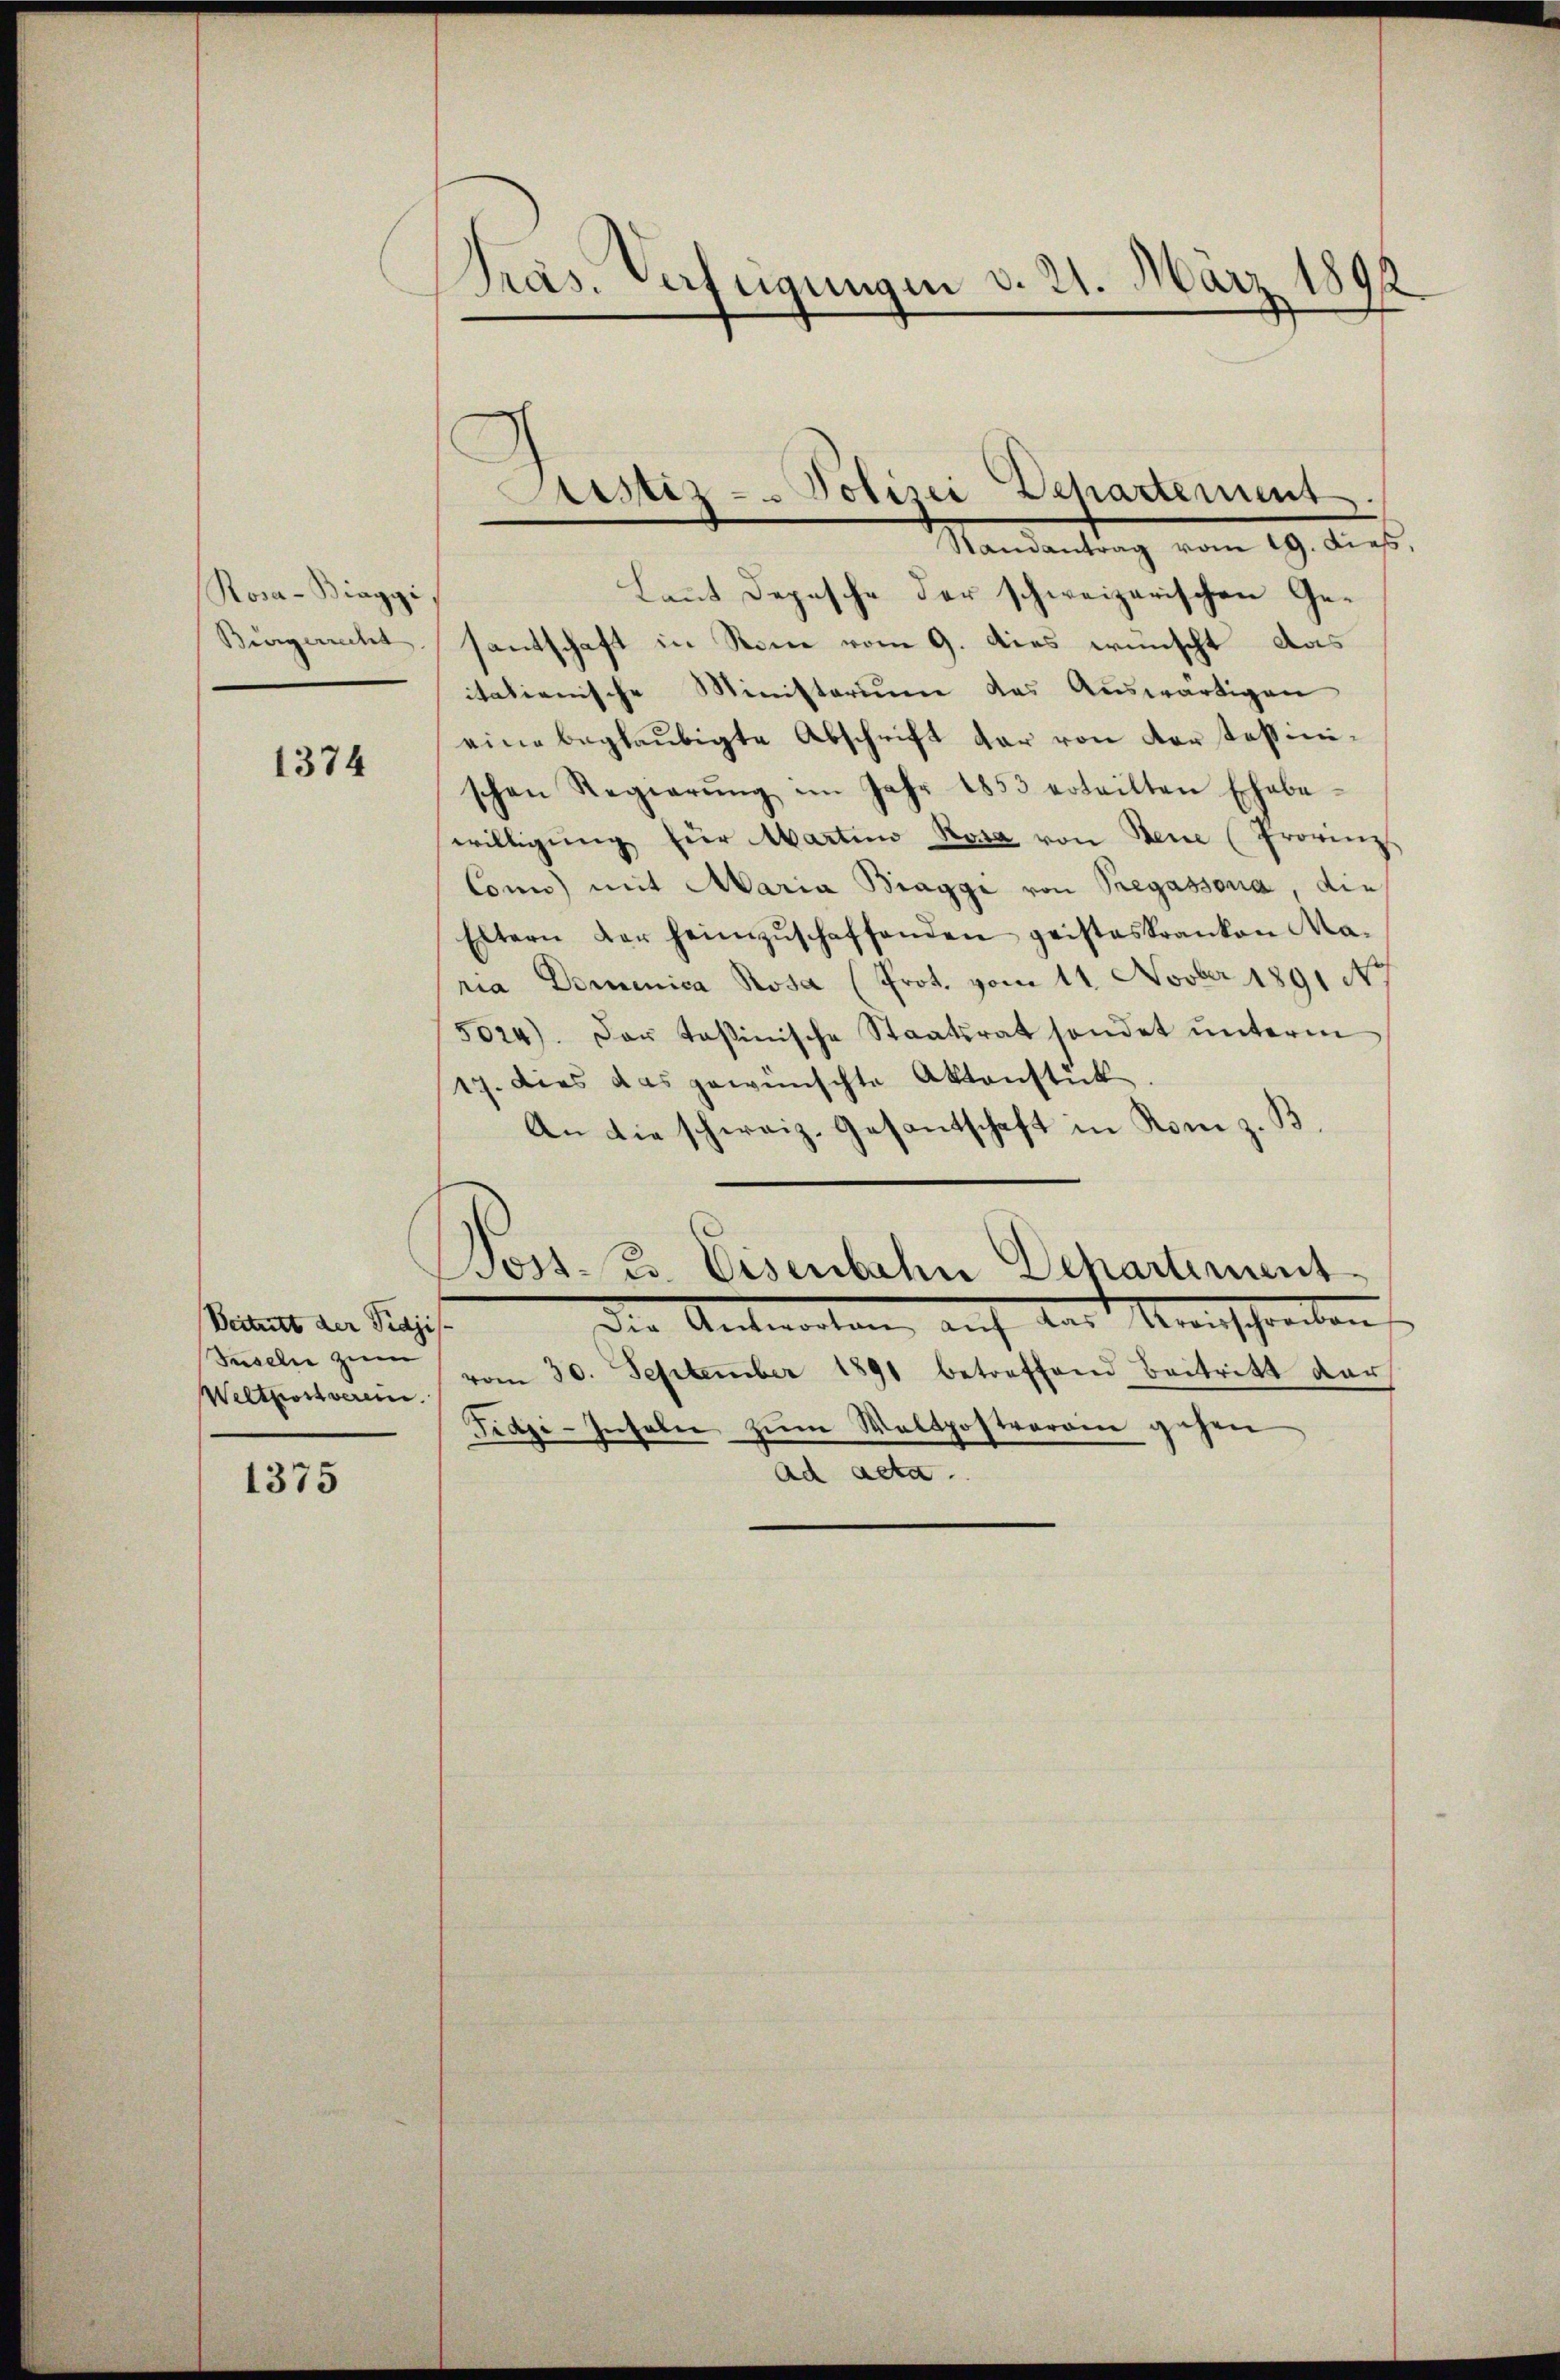
Rosa-Biaggi
Bürgerrecht

1374

Beitritt der Pidjis-
Suseln zum
1375

Präs. erfügungen d. 21. März 1892

Laut Depesche der schweizerischen Gesantschaft in Rome vom 9. dies wünscht das
itationische Ministerium das Auswärtigen
eine beglaubigte Abschrift der von dortefinischen Regierŭng im Jahr 1853 ertritten Eheba-
willigung für Martino Rosa von Neue (Provinz
Conn) mit Maria Braggi von Pregassona, die
Eltern der heimzuschaffenden geisteskranken Maria Dominica Rosa (Prot. vom 11. Novber 1891 NNo.
5024). Das tasinische Staatsrat sondet ŭnterm
17. Dies das gewünschte Aktenstück
An die schweiz. Gesantschaft in Rom z. B
Joss. z. Eisenbahn Departiment
Der Antwortung, auch der Menschreiben
Weltpostverein vom 30. September 1891 betreffend Beitritt der
Frazi-Inseln zum Waltpostverain gehen
ad acta.

Sistiz - Polizei Departement
Mandantung vom 19. Aus